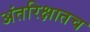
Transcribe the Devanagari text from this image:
अंतरिक्षातच